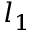
l _ { 1 }